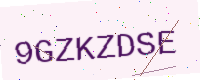
Text: 9GZKZDSE